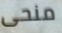
منحى